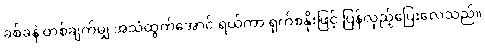
ခစ်ခနဲ တစ်ချက်မျှ အသံထွက်အောင် ရယ်ကာ ရှက်စနိုးဖြင့် ပြန်လှည့်ပြေးလေသည်။